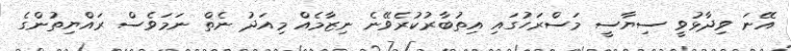
އޭނަ ވިދާޅުވީ ސިޔާސީ މަސްރަހުގައި އިތުބާރުކުރެވޭނެ ނިޒާމެއް މިއަދު ނެތް ނަމަވެސް ރައްޔިތުންގެ